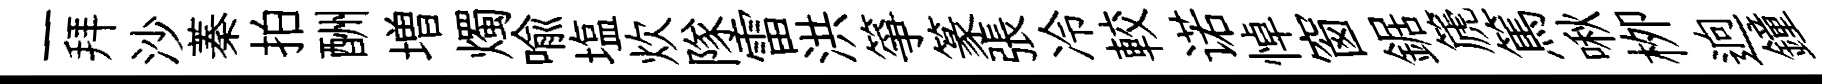
一拜沙蓁拍酬増燭喻塩炊隊雷洪箏篆張冷較诺悼窗鋸篪篤啾栁逈鐘